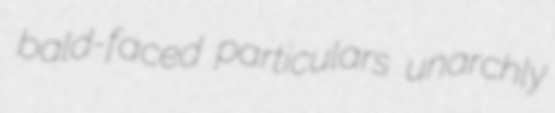
bald-faced particulars unarchly